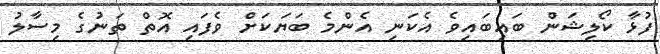
ފުޅާ ކޯލިޝަން ބައިބައިވެ އެކަނި އެންމެ ބަޔަކަށް ވެފައި އޮތް ތަނުގެ މިސާލު